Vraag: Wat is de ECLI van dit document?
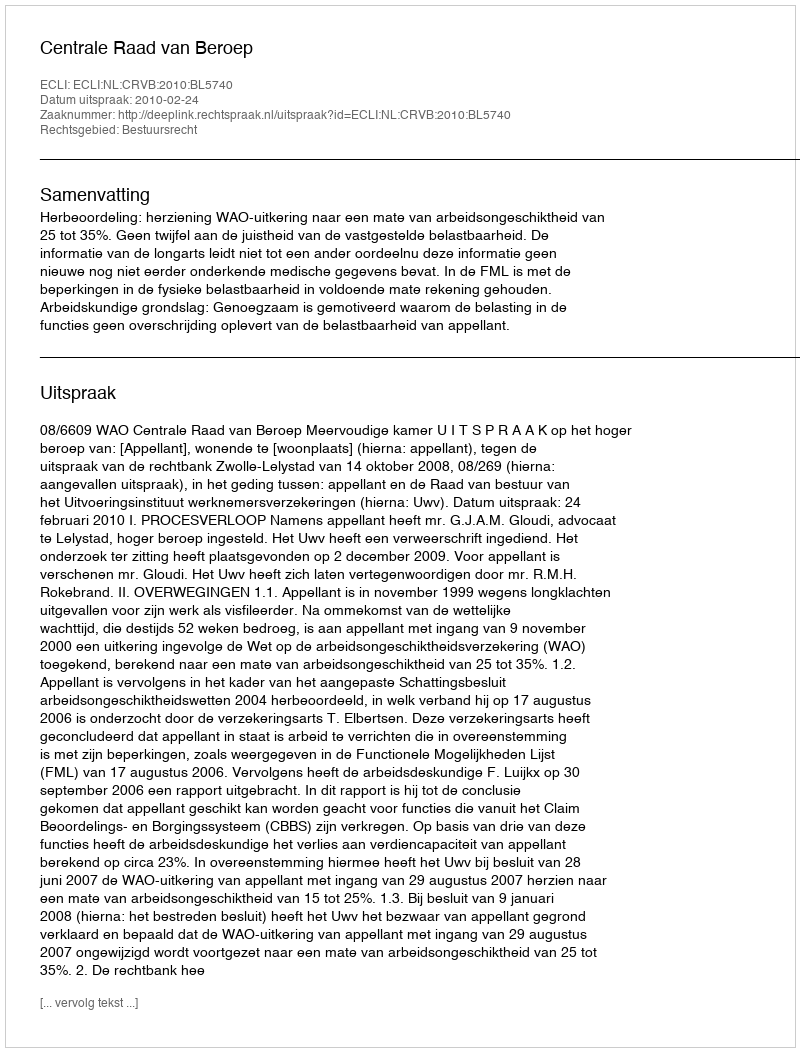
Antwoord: ECLI:NL:CRVB:2010:BL5740